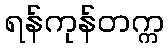
ရန်ကုန်တက္က